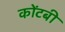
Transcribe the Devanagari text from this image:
कोंटबी